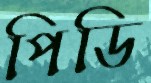
পিডি